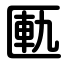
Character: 匭